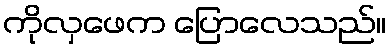
ကိုလှဖေက ပြောလေသည်။